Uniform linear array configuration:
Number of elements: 64
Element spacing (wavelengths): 0.5
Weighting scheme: binomial
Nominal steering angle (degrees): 60
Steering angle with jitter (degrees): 61.938
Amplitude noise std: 0.05
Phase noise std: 0.05

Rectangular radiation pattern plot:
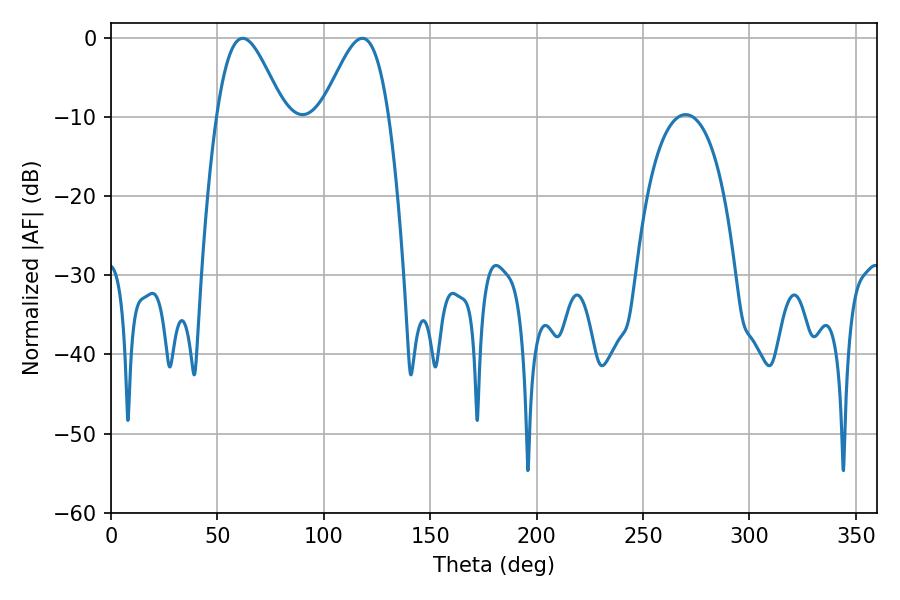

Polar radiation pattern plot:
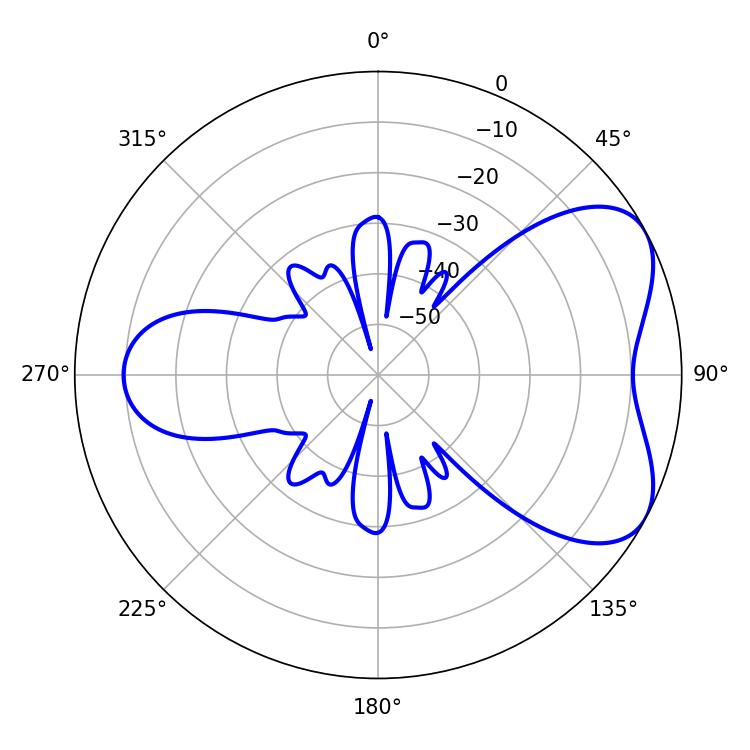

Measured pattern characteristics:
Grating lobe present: FALSE
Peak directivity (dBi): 5.531
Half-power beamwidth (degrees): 16.74
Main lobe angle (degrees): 61.92